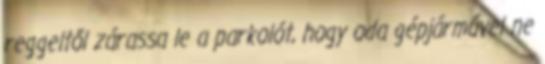
reggeltől zárassa le a parkolót, hogy oda gépjárművel ne